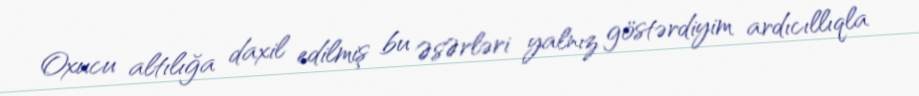
Oxucu altılığa daxil edilmiş bu ƏsƏrləri yalnız göstərdiyim ardıcıllıqla